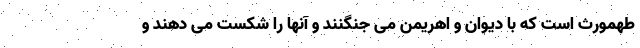
طهمورث است که با دیوان و اهریمن می جنگنند و آنها را شکست می دهند و